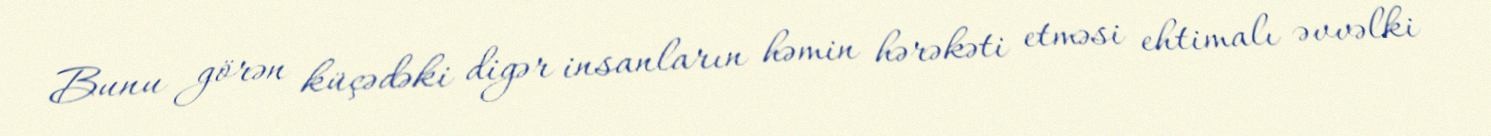
Bunu görən küçədəki digər insanların həmin hərəkəti etməsi ehtimalı əvvəlki